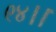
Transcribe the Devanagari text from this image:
९४।।